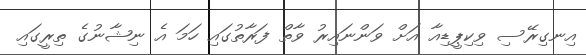
އިނގިރޭސި ވިކިޕީޑިއާ އަށް ވަންނައިރު ވާތް ފަރާތުގައި ހަމަ އެ ނިޝާނުގެ ތިރީގައި